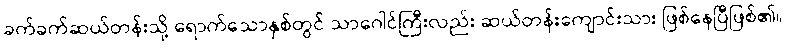
ခက်ခက်ဆယ်တန်းသို့ ရောက်သောနှစ်တွင် သာဂေါင်ကြီးလည်း ဆယ်တန်းကျောင်းသား ဖြစ်နေပြီဖြစ်၏။